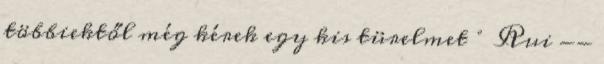
többiektől még kérek egy kis türelmet ° Rui --